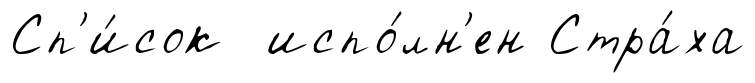
Сп'и́сок испо́лн'ен Стра́ха